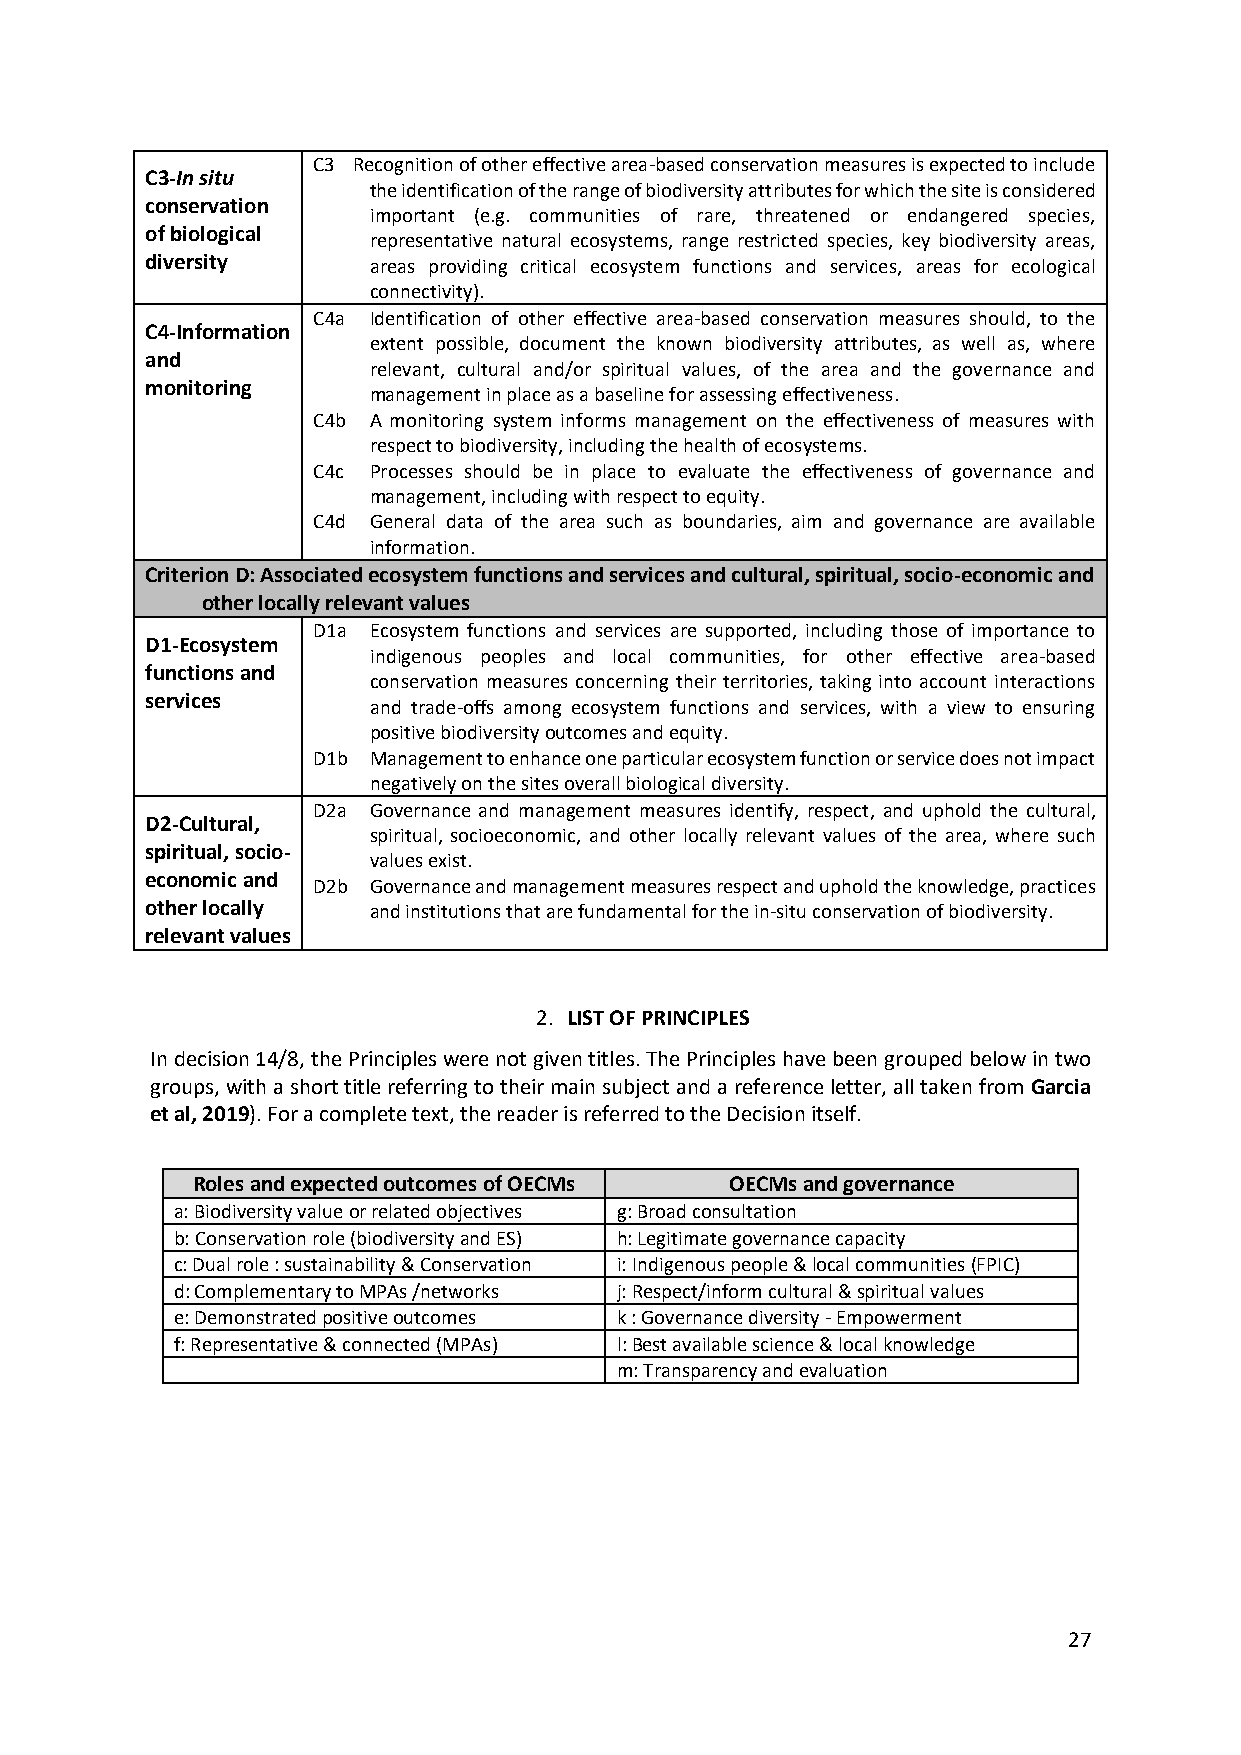
C3 Recognition of other effective area-based conservation measures is expected to include
 C3-In situ
 the identification of the range of biodiversity attributes for which the site is considered
 conservation
 important (e.g. communities of rare, threatened or endangered species,
 of biological
 representative natural ecosystems, range restricted species, key biodiversity areas,
 diversity     areas providing critical ecosystem functions and services, areas for ecological
 connectivity).
 C4a Identification of other effective area-based conservation measures should, to the
 C4-Information
 extent possible, document the known biodiversity attributes, as well as, where
 and
 relevant, cultural and/or spiritual values, of the area and the governance and
 monitoring
 management in place as a baseline for assessing effectiveness.
 C4b A monitoring system informs management on the effectiveness of measures with
 respect to biodiversity, including the health of ecosystems.
 C4c Processes should be in place to evaluate the effectiveness of governance and
 management, including with respect to equity.
 C4d General data of the area such as boundaries, aim and governance are available
 information.
 Criterion D: Associated ecosystem functions and services and cultural, spiritual, socio-economic and
 other locally relevant values
 D1a Ecosystem functions and services are supported, including those of importance to
 D1-Ecosystem
 indigenous peoples and local communities, for other effective area-based
 functions and
 conservation measures concerning their territories, taking into account interactions
 services
 and trade-offs among ecosystem functions and services, with a view to ensuring
 positive biodiversity outcomes and equity.
 D1b Management to enhance one particular ecosystem function or service does not impact
 negatively on the sites overall biological diversity.
 D2a Governance and management measures identify, respect, and uphold the cultural,
 D2-Cultural,
 spiritual, socioeconomic, and other locally relevant values of the area, where such
 spiritual, socio-
 values exist.
 economic and
 D2b Governance and management measures respect and uphold the knowledge, practices
 other locally and institutions that are fundamental for the in-situ conservation of biodiversity.
 relevant values
 2. LIST OF PRINCIPLES
 In decision 14/8, the Principles were not given titles. The Principles have been grouped below in two
 groups, with a short title referring to their main subject and a reference letter, all taken from Garcia
 et al, 2019). For a complete text, the reader is referred to the Decision itself.
 Roles and expected outcomes of OECMs OECMs and governance
 a: Biodiversity value or related objectives g: Broad consultation
 b: Conservation role (biodiversity and ES) h: Legitimate governance capacity
 c: Dual role : sustainability & Conservation i: Indigenous people & local communities (FPIC)
 d: Complementary to MPAs /networks j: Respect/inform cultural & spiritual values
 e: Demonstrated positive outcomes k : Governance diversity - Empowerment
 f: Representative & connected (MPAs) l: Best available science & local knowledge
 m: Transparency and evaluation
 27